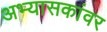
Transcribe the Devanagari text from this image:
अभ्यासकांवर